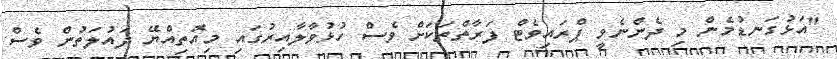
"އަޅުގަނޑުމެން މި ދެންނެވީ ޕްރައިވެޓް ފަރާތްތަކަށް ވެސް ހުޅުވާލާއިރުގައި މިއޮތިއްޔޭ ދައުލަތުން ވެސް